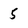
Character: 5